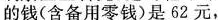
的钱(含备用零钱)是62元，